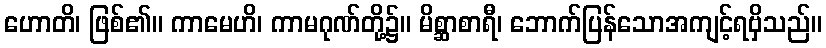
ဟောတိ၊ ဖြစ်၏။ ကာမေဟိ၊ ကာမဂုဏ်တို့၌။ မိစ္ဆာစာရီ၊ ဘောက်ပြန်သောအကျင့်ရဗှိသည်။